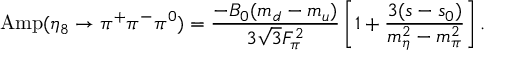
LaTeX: \mathrm { A m p } ( \eta _ { 8 } \rightarrow \pi ^ { + } \pi ^ { - } \pi ^ { 0 } ) = { \frac { - B _ { 0 } ( m _ { d } - m _ { u } ) } { 3 \sqrt { 3 } F _ { \pi } ^ { 2 } } } \left[ 1 + { \frac { 3 ( s - s _ { 0 } ) } { m _ { \eta } ^ { 2 } - m _ { \pi } ^ { 2 } } } \right] .